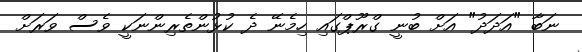
ނަބާ "އަދަދު" އަށް ބުނީ ގްރޫޕްގައި ހިމެނޭ ދެ ކުޅުންތެރިންނަކީ ވެސް ވަރަށް